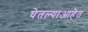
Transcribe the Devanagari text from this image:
घेतल्याआहेत